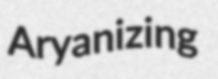
Aryanizing